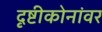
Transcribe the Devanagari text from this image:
दृष्टीकोनांवर